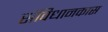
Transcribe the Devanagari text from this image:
संविधानकास